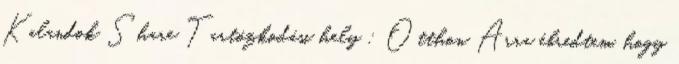
Kalandok Share Tartózkodási hely : Otthon Arra ébredtem, hogy